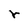
Character: r